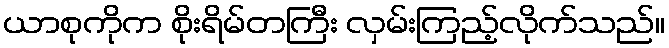
ယာစုကိုက စိုးရိမ်တကြီး လှမ်းကြည့်လိုက်သည်။